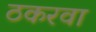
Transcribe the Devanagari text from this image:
ठकरवा